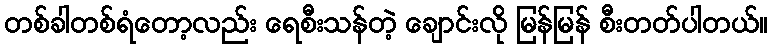
တစ်ခါတစ်ရံတော့လည်း ရေစီးသန်တဲ့ ချောင်းလို မြန်မြန် စီးတတ်ပါတယ်။